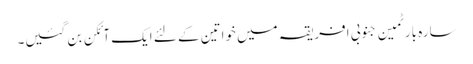
سارہ بارٹمین جنوبی افریقہ میں خواتین کے لئے ایک آئکن بن گئیں۔